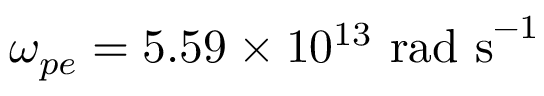
\omega _ { p e } = 5 . 5 9 \times 1 0 ^ { 1 3 } \ \mathrm { r a d \ s } ^ { - 1 }